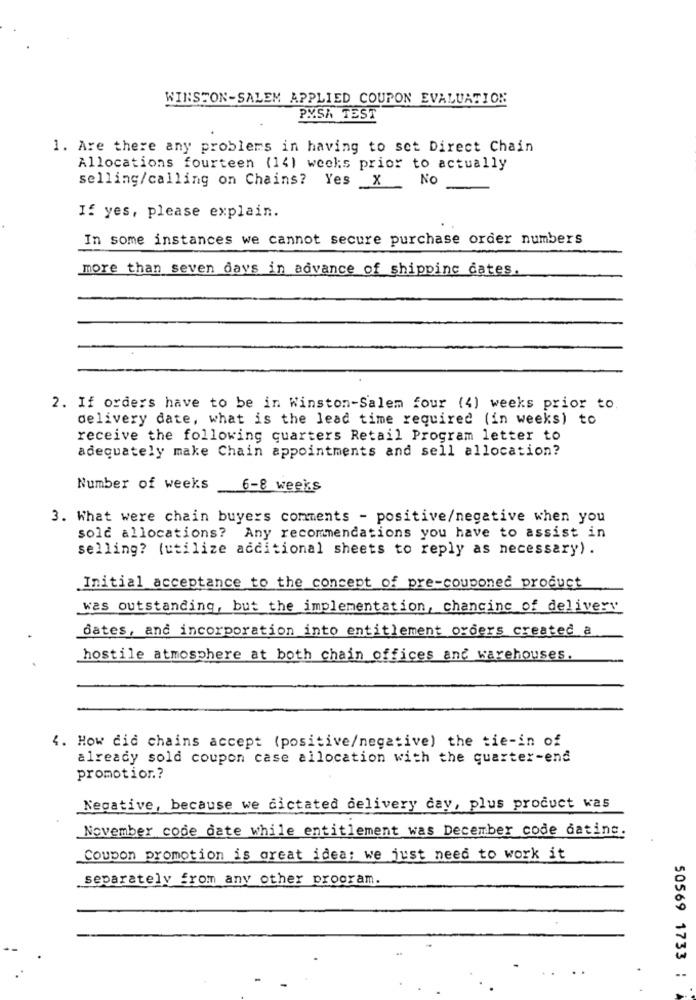
WINSTON-SALEM APPLIED COUPON EVALUATION
PMSA TEST
1. Are there any problems in having to set Direct Chain
Allocations fourteen (14) weeks prior to actually
selling/calling on Chains? Yes _X
NO
If yes, please explain.
In some instances we cannot secure purchase order numbers
more than seven days in advance of shipping dates.
2. If orders have to be in Winston-Salem four (4) weeks prior to.
delivery date, what is the lead time required (in weeks) to
receive the following quarters Retail Program letter to
adequately make Chain appointments and sell allocation?
Number of weeks
6-8 weeks
3. What were chain buyers comments - positive/negative when you
sold allocations? Any recommendations you have to assist in
selling? (utilize additional sheets to reply as necessary) .
Initial acceptance to the concept of pre-couponed product
was outstanding, but the implementation, changing of delivery
dates, and incorporation into entitlement orders created a
hostile atmosphere at both chain offices and warehouses.
4. How did chains accept (positive/negative) the tie-in of
already sold coupon case allocation with the quarter-end
promotion .?
Negative, because we dictated delivery day, plus product was
November code date while entitlement was December code dating.
Coupon promotion is great idea; we just need to work it
separately from any other program.
50569 1733 ;